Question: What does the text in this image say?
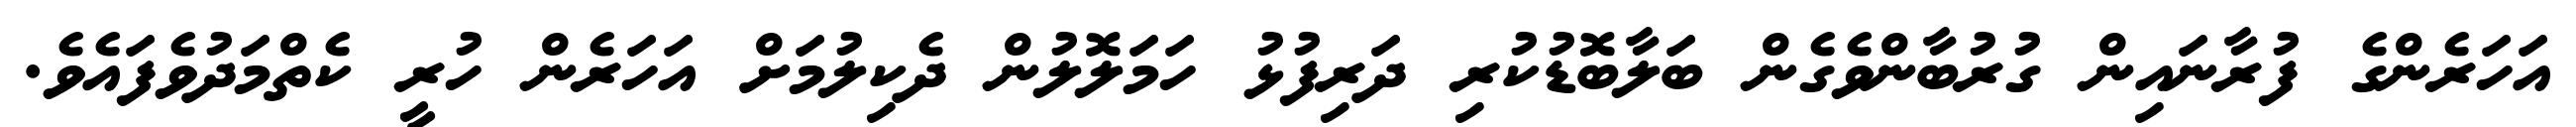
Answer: އަހަރެންގެ ފުރާނައިން ގުރުބާންވެގެން ބަލާބޮޑުކުރި ދަރިފުޅު ހަމަލޮލުން ދެކިލުމަށް އަހަރެން ހުރީ ކެތްމަދުވެފައެވެ.